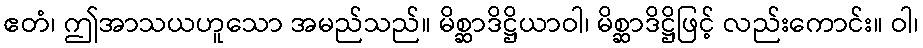
ဧတံ၊ ဤအာသယဟူသော အမည်သည်။ မိစ္ဆာဒိဋ္ဌိယာဝါ၊ မိစ္ဆာဒိဋ္ဌိဖြင့် လည်းကောင်း။ ဝါ၊